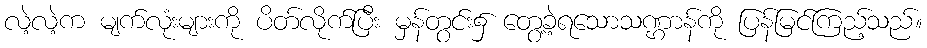
လဲ့လဲ့က မျက်လုံးများကို ပိတ်လိုက်ပြီး မှန်တွင်း၌ တွေ့ခဲ့ရသောသဏ္ဌာန်ကို ပြန်မြင်ကြည့်သည်။